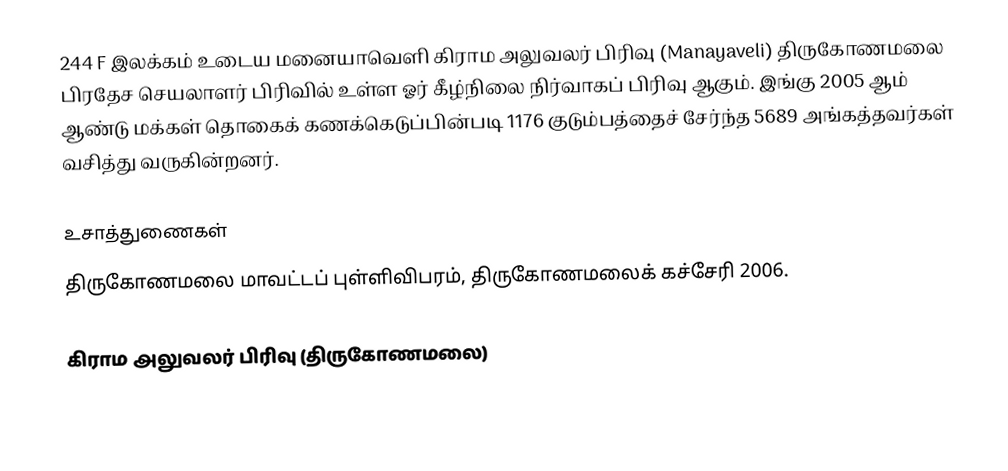
244 F இலக்கம்  உடைய மனையாவெளி கிராம அலுவலர் பிரிவு  (Manayaveli) திருகோணமலை பிரதேச செயலாளர் பிரிவில் உள்ள ஓர் கீழ்நிலை நிர்வாகப் பிரிவு ஆகும். இங்கு 2005 ஆம் ஆண்டு மக்கள் தொகைக் கணக்கெடுப்பின்படி 1176 குடும்பத்தைச் சேர்ந்த 5689 அங்கத்தவர்கள் வசித்து வருகின்றனர்.

உசாத்துணைகள்
திருகோணமலை மாவட்டப் புள்ளிவிபரம், திருகோணமலைக் கச்சேரி 2006.

கிராம அலுவலர் பிரிவு (திருகோணமலை)